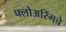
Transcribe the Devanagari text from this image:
फ्लोअरिंगचे